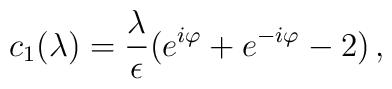
c_1(\lambda)={\lambda\over\epsilon}(e^{i\varphi}+e^{-i\varphi}-2)\,,